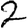
Digit: 2